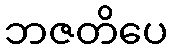
ဘဇတိပေ